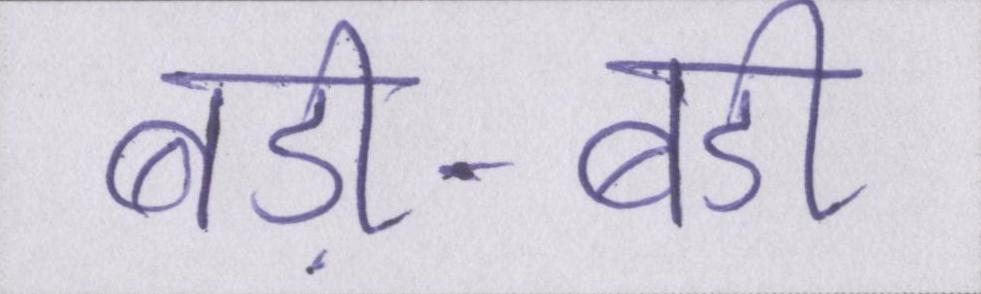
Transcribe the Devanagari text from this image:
बड़ी-बड़ी